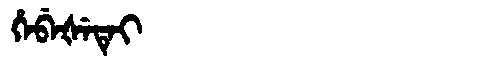
Manchu: ᡥᡝᠪᡝᡧᡝᡨᡝᡳ
Romanization: HEBEŠETEI